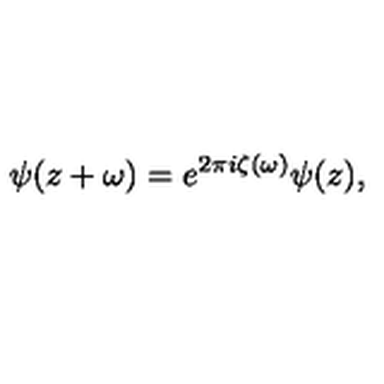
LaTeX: \psi ( z + \omega ) = e ^ { 2 \pi i \zeta ( \omega ) } \psi ( z ) ,